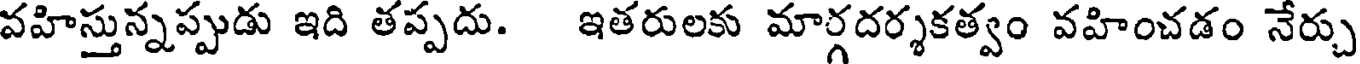
వహిస్తున్నప్పుడు ఇది తప్పదు. ఇతరులకు మార్గదర్శకత్వం వహించడం నేర్చు